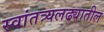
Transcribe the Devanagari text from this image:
स्वांतत्र्यलढ्यातील